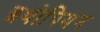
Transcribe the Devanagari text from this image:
इथोपियन